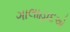
ગાલાહાદએ